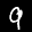
Label: 9